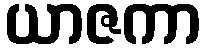
ယာဇကာ